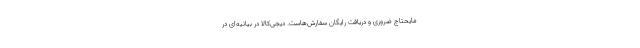
مایحتاج ضروری و دریافت رایگان سفارش‌هاست. دیجی‌کالا در بیانیه‌ای در